Calcutta medical institutions reports 1879-81 [i.e.91]
Year: 1879
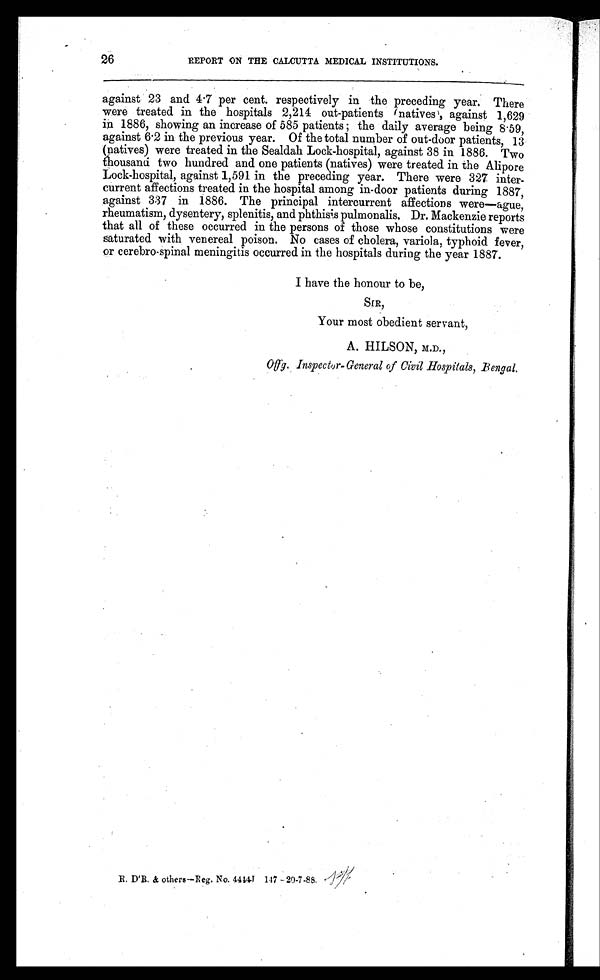
26
REPORT ON THE CALCUTTA MEDICAL INSTITUTIONS.
against 23 and 4 .7 per cent. respectively in the preceding year. There
were treated in the hospitals 2,214 out-patients (natives), against 1,629
in 1886, showing an increase of 585 patients the daily average being 8.59,
against 6 .2 in the previous year. Of the total number of out-door patients, 13
(natives) were treated in the Sealdah Lock-hospital, against 38 in 1886. Two
thousand two hundred and one patients (natives) were treated in the Alipore
Lock-hospital, against 1,591 in the preceding year. There were 327 inter-
current affections treated in the hospital among in-door patients during 1887,
against 337 in 1886. The principal intercurrent affections were—ague,
rheumatism, dysentery, splenitis, and phthisis pulmonalis. Dr. Mackenzie reports
that all of these occurred in the persons of those whose constitutions were
saturated with venereal poison. No cases of cholera, variola, typhoid fever,
or cerebro-spinal meningitis occurred in the hospitals during the year 1887.
I have the honour to be,
SIR,
Your most obedient servant,
A. HILSON , M.D .,
Offg. Inspector-General of Civil Hospitals, Bengal.